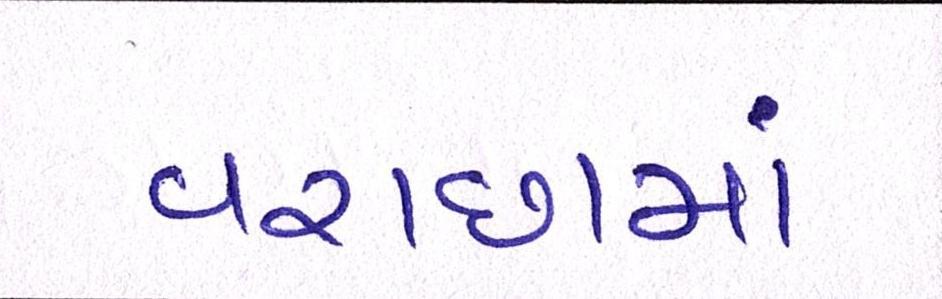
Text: વરાછામાં